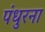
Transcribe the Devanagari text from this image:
पंधुरना